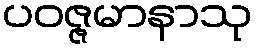
ပဝဇ္ဇမာနာသု